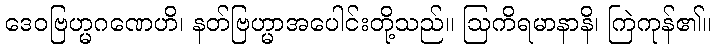
ဒေဝဗြဟ္မဂဏေဟိ၊ နတ်ဗြဟ္မာအပေါင်းတို့သည်။ ဩကိရမာနာနိ၊ ကြဲကုန်၏။